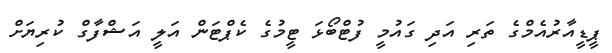
ޕީޑީއާރުއެމްގެ ތަރި އަދި ގައުމީ ފުޓްބޯޅަ ޓީމުގެ ކެޕްޓަން އަލީ އަޝްފާގް ކުރިޔަށް